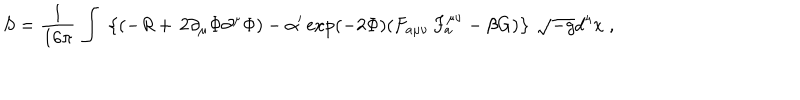
S = \frac { 1 } { 1 6 \pi } \, \int \; \left\{ ( - { \it R } + \, 2 \partial _ { \mu } \Phi \partial ^ { \mu } \Phi ) - \alpha ^ { \prime } \exp ( - 2 \Phi ) ( F _ { a \mu \nu } \, F _ { a } ^ { \mu \nu } - \beta { G } ) \right\} \, \sqrt { - g } d ^ { 4 } x \; ,